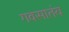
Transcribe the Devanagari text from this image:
गवसातंय